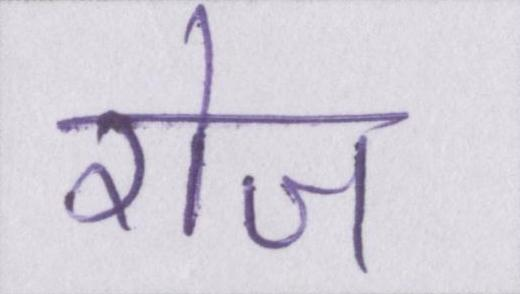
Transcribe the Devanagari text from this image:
रोज